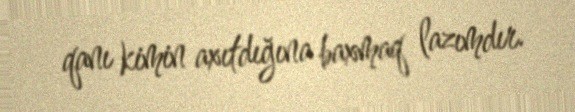
qanı kimin axıtdığına baxmaq lazımdır.